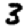
Digit: 3